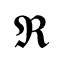
\Re